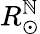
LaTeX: R_{\odot}^{\mathbb{N}}